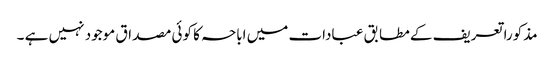
مذکورا تعریف کے مطابق عبادات میں اباحہ کا کوئی مصداق موجود نہیں ہے ۔